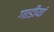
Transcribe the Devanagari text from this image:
गाडीयां